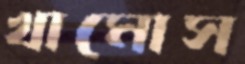
খামোস